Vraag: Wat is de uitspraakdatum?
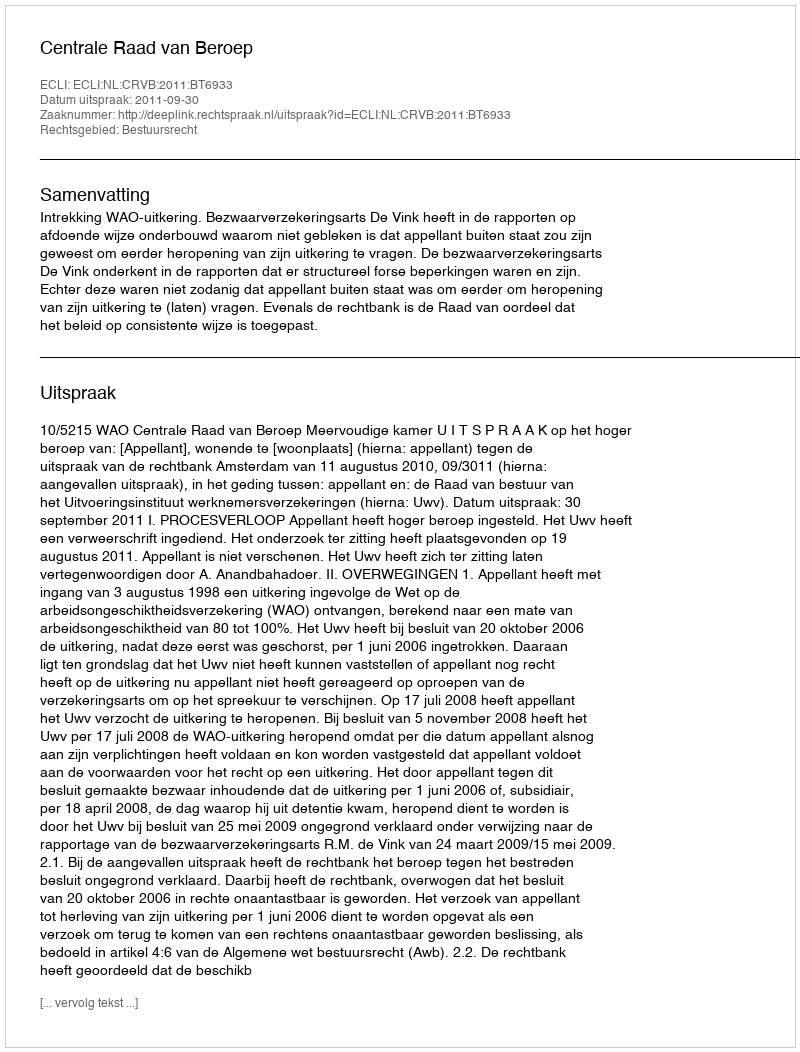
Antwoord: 2011-09-30